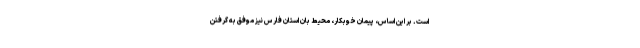
است. بر این اساس، پیمان خوبکار، محیط بان استان فارس نیز موفق به گرفتن